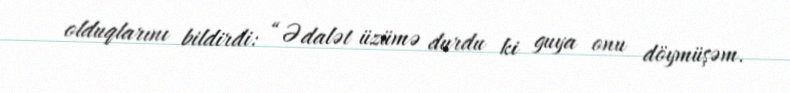
olduqlarını bildirdi: “Ədalət üzümə durdu ki guya onu döymüşəm.